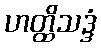
ဟတ္ထိသဒ္ဒံ